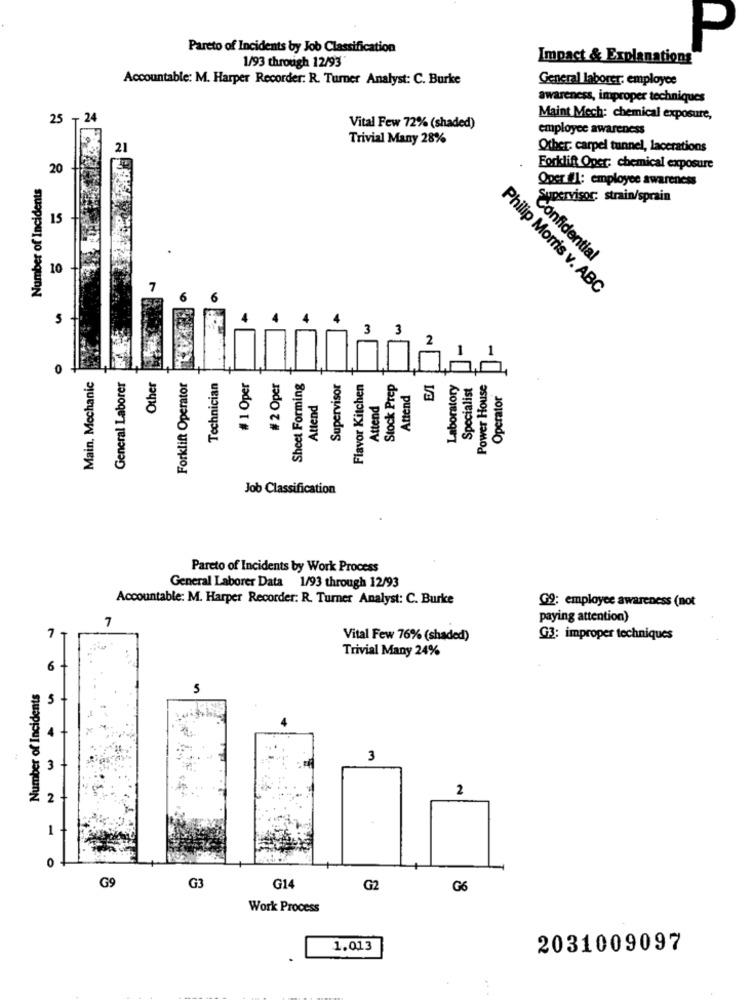
Pareto of Incidents by Job Classification
P
1/93 through 12/93
Impact & Explanations
Accountable: M. Harper Recorder: R. Turner Analyst: C. Burke
General laborer: employee
awareness, improper techniques
25 - 24
Maint Mech: chemical exposure,
Vital Few 72% (shaded)
employee awareness
Trivial Many 28%
21
Other, carpel tunnel, lacerations
20
Forklift Oper; chemical exposure
Number of Incidents
Oper fl: employee awareness
Supervisor: strain/sprain
15
confidential
10
Philip Morris v. ABC
4
3
3
2
Main, Mechanic
General Laborer
Other
Forklift Operator
Technician
# 1 Oper
# 2 Oper
Sheet Forming
Supervisor
Flavor Kitchen
Stock Prep
Laboratory
Specialist
Power House
Attend
Operator
Attend
Attend
5
Job Classification
Pareto of Incidents by Work Process
General Laborer Data 1/93 through 12/93
Accountable: M. Harper Recorder: R. Turner Analyst: C. Burke
G9: employee awareness (not
7
paying attention)
7
Vital Few 76% (shaded)
G3: improper techniques
Trivial Many 24%
6
Number of Incidents
S
w
3
2
2
G3
G14
G9
G2
G6
Work Process
1.013
2031009097